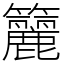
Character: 籭